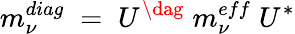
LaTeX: m_{\nu}^{diag}\; =\; U^{\dag}\; m_{\nu}^{eff}\; U^{\ast}